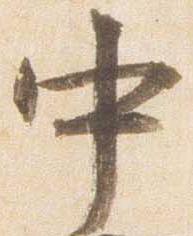
中